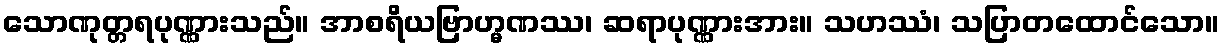
သောဏုတ္တရပုဏ္ဏားသည်။ အာစရိယဗြာဟ္မဏဿ၊ ဆရာပုဏ္ဏားအား။ သဟဿံ၊ သပြာတထောင်သော။